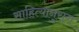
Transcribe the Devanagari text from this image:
साहित्यानुराग